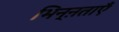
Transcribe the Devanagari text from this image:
भिन्ऩताएँ